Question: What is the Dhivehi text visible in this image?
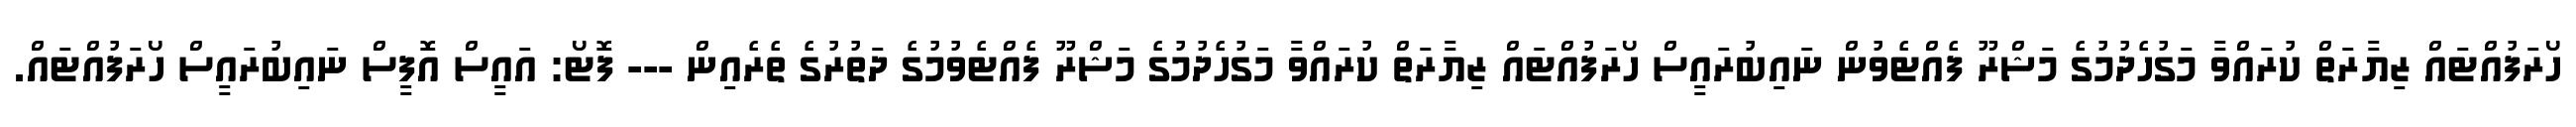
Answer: ހޯރަފުއްޓައް ޒިޔާރަތް ކުރައްވާ މަގުހެދުމުގެ މަޝްރޫ ފެއްޓެވުން ނައިބުރައީސް ހޯރަފުއްޓައް ޒިޔާރަތް ކުރައްވާ މަގުހެދުމުގެ މަޝްރޫ ފެއްޓެވުމުގެ ދަތުރުގެ ތެރެއިން --- ފޮޓޯ: އައީސް އޮފީސް ނައިބުރައީސް ހޯރަފުއްޓައް.